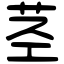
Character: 茎